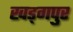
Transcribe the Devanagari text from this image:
खड्‍गपुर